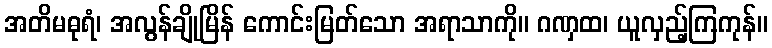
အတိမဓုရံ၊ အလွန်ချိုမြိန် ကောင်းမြတ်သော အရာသာကို။ ဂဏှထ၊ ယူလှည့်ကြကုန်။